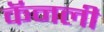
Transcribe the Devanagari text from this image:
कॅनली